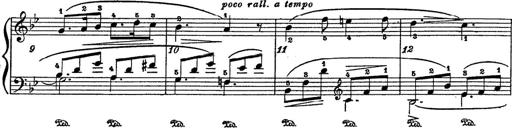
Title: 6 Polish Songs
Composer: Franz Liszt